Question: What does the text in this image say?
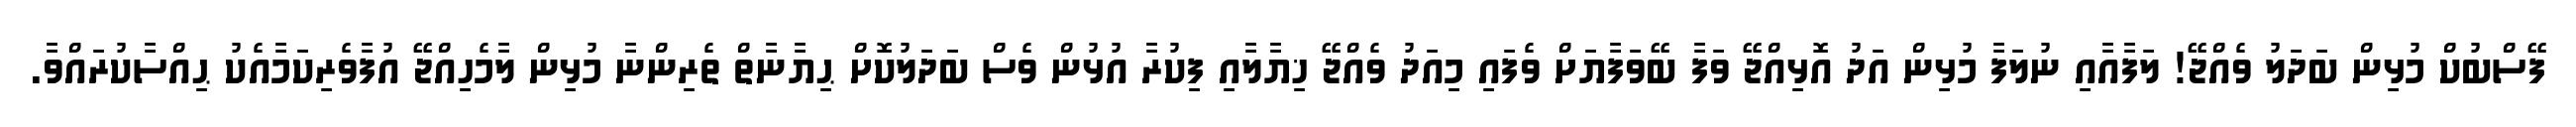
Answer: ފޭސްބުކް މުޅިން ބަދަލު ވެއްޖޭ! ލަފާއާއި ނުލަފާ މުޅިން އަދު އޮޅިއްޖޭ ވަފާ ބޭވަފާޔަށް ވެފައި މިއަދު ވެއްޖޭ ޚިޔާލާއި ފިކުރާ އުޅުން ވެސް ބަދަލުކޮށް ޙިޔާނާތް ތެރިންނާ މުޅިން ލާމެހިއްޖޭ އުފާވެރިކަމާއެކު ޙިއްސާކުރައްވާ.